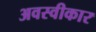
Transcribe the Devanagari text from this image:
अवस्वीकार